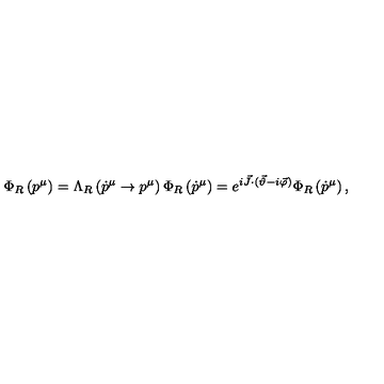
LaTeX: \Phi _ { R } \left( p ^ { \mu } \right) = \Lambda _ { R } \left( \dot { p } ^ { \mu } \to p ^ { \mu } \right) \Phi _ { R } \left( \dot { p } ^ { \mu } \right) = e ^ { i \vec { J } \cdot ( \vec { \vartheta } - i \vec { \varphi } ) } \Phi _ { R } \left( \dot { p } ^ { \mu } \right) ,